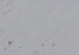
أتركنى